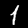
Digit: 1